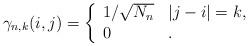
LaTeX: \begin{align*}\gamma_{n,k}(i,j)=\left\{\begin{array}{ll}1/\sqrt{N_n} & |j-i|=k, \\0 & . \end{array}\right.\end{align*}